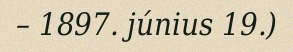
– 1897. június 19.)